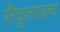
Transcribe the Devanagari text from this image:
सैकुलाइना